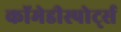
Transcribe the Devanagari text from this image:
कॉमेडीस्पोर्ट्स